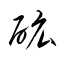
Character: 砿